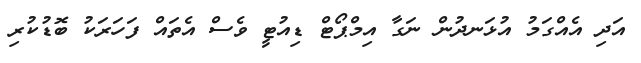
އަދި އެއްގަމު އުޅަނދުން ނަގާ އިމްޕޯޓް ޑިއުޓީ ވެސް އެތައް ފަހަރަކު ބޮޑުކުރި